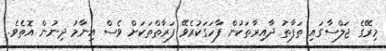
މިރޭގެ ޖަލްސާގައި ތަފާތު ދާއިރާތަކުން ފާހަގަކުރެވޭ ފަރާތްތަކަށް ވެސް އިނާމު ދިނުން އޮތެވެ.